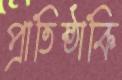
প্রাতিষ্ঠাকি